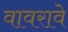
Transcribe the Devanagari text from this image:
वावरावे